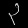
Digit: ၃